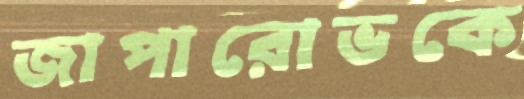
জাপারোভকে